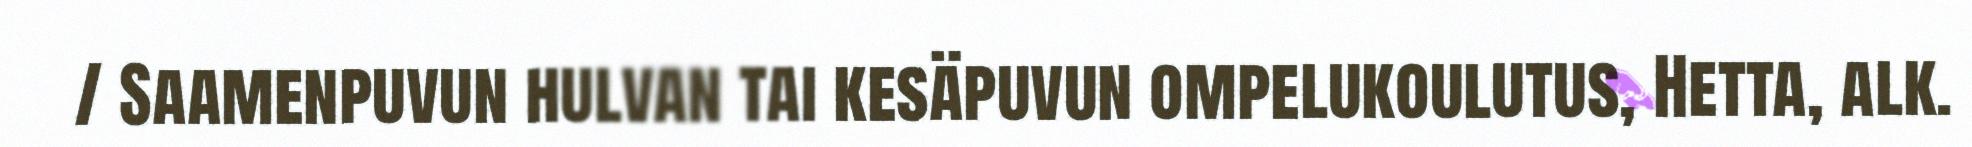
/ Saamenpuvun hulvan tai kesäpuvun ompelukoulutus, Hetta, alk.